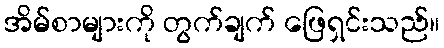
အိမ်စာများကို တွက်ချက် ဖြေရှင်းသည်။